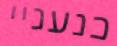
כנעניי